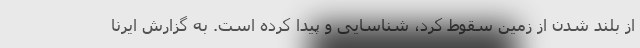
از بلند شدن از زمین سقوط کرد، شناسایی و پیدا کرده است. به گزارش ایرنا